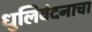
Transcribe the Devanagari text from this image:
धुलिवंदनाचा